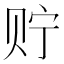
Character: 𮷍